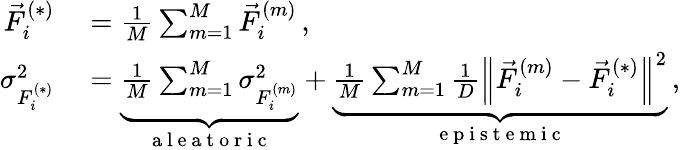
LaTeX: \begin{array}{rl}{\vec{F}_{i}^{(*)}}&{{}=\frac{1}{M}\sum_{m=1}^{M}\vec{F}_{i}^{(m)}\, ,}\\ {\sigma_{F_{i}^{(*)}}^{2}}&{{}=\underbrace{\frac{1}{M}\sum_{m=1}^{M}\sigma_{F_{i}^{(m)}}^{2}}_{\mathrm{~a~l~e~a~t~o~r~i~c~}}+\underbrace{\frac{1}{M}\sum_{m=1}^{M}\frac{1}{D}\left\| \vec{F}_{i}^{(m)}-\vec{F}_{i}^{(*)}\right\| ^{2}}_{\mathrm{~e~p~i~s~t~e~m~i~c~}}\, ,}\end{array}